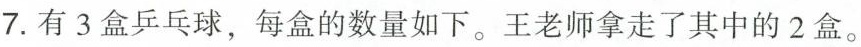
7.有3盒乒乓球，每盒的数量如下。王老师拿走了其中的2盒。